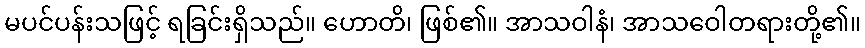
မပင်ပန်းသဖြင့် ရခြင်းရှိသည်။ ဟောတိ၊ ဖြစ်၏။ အာသဝါနံ၊ အာသဝေါတရားတို့၏။